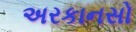
અરકાનસો